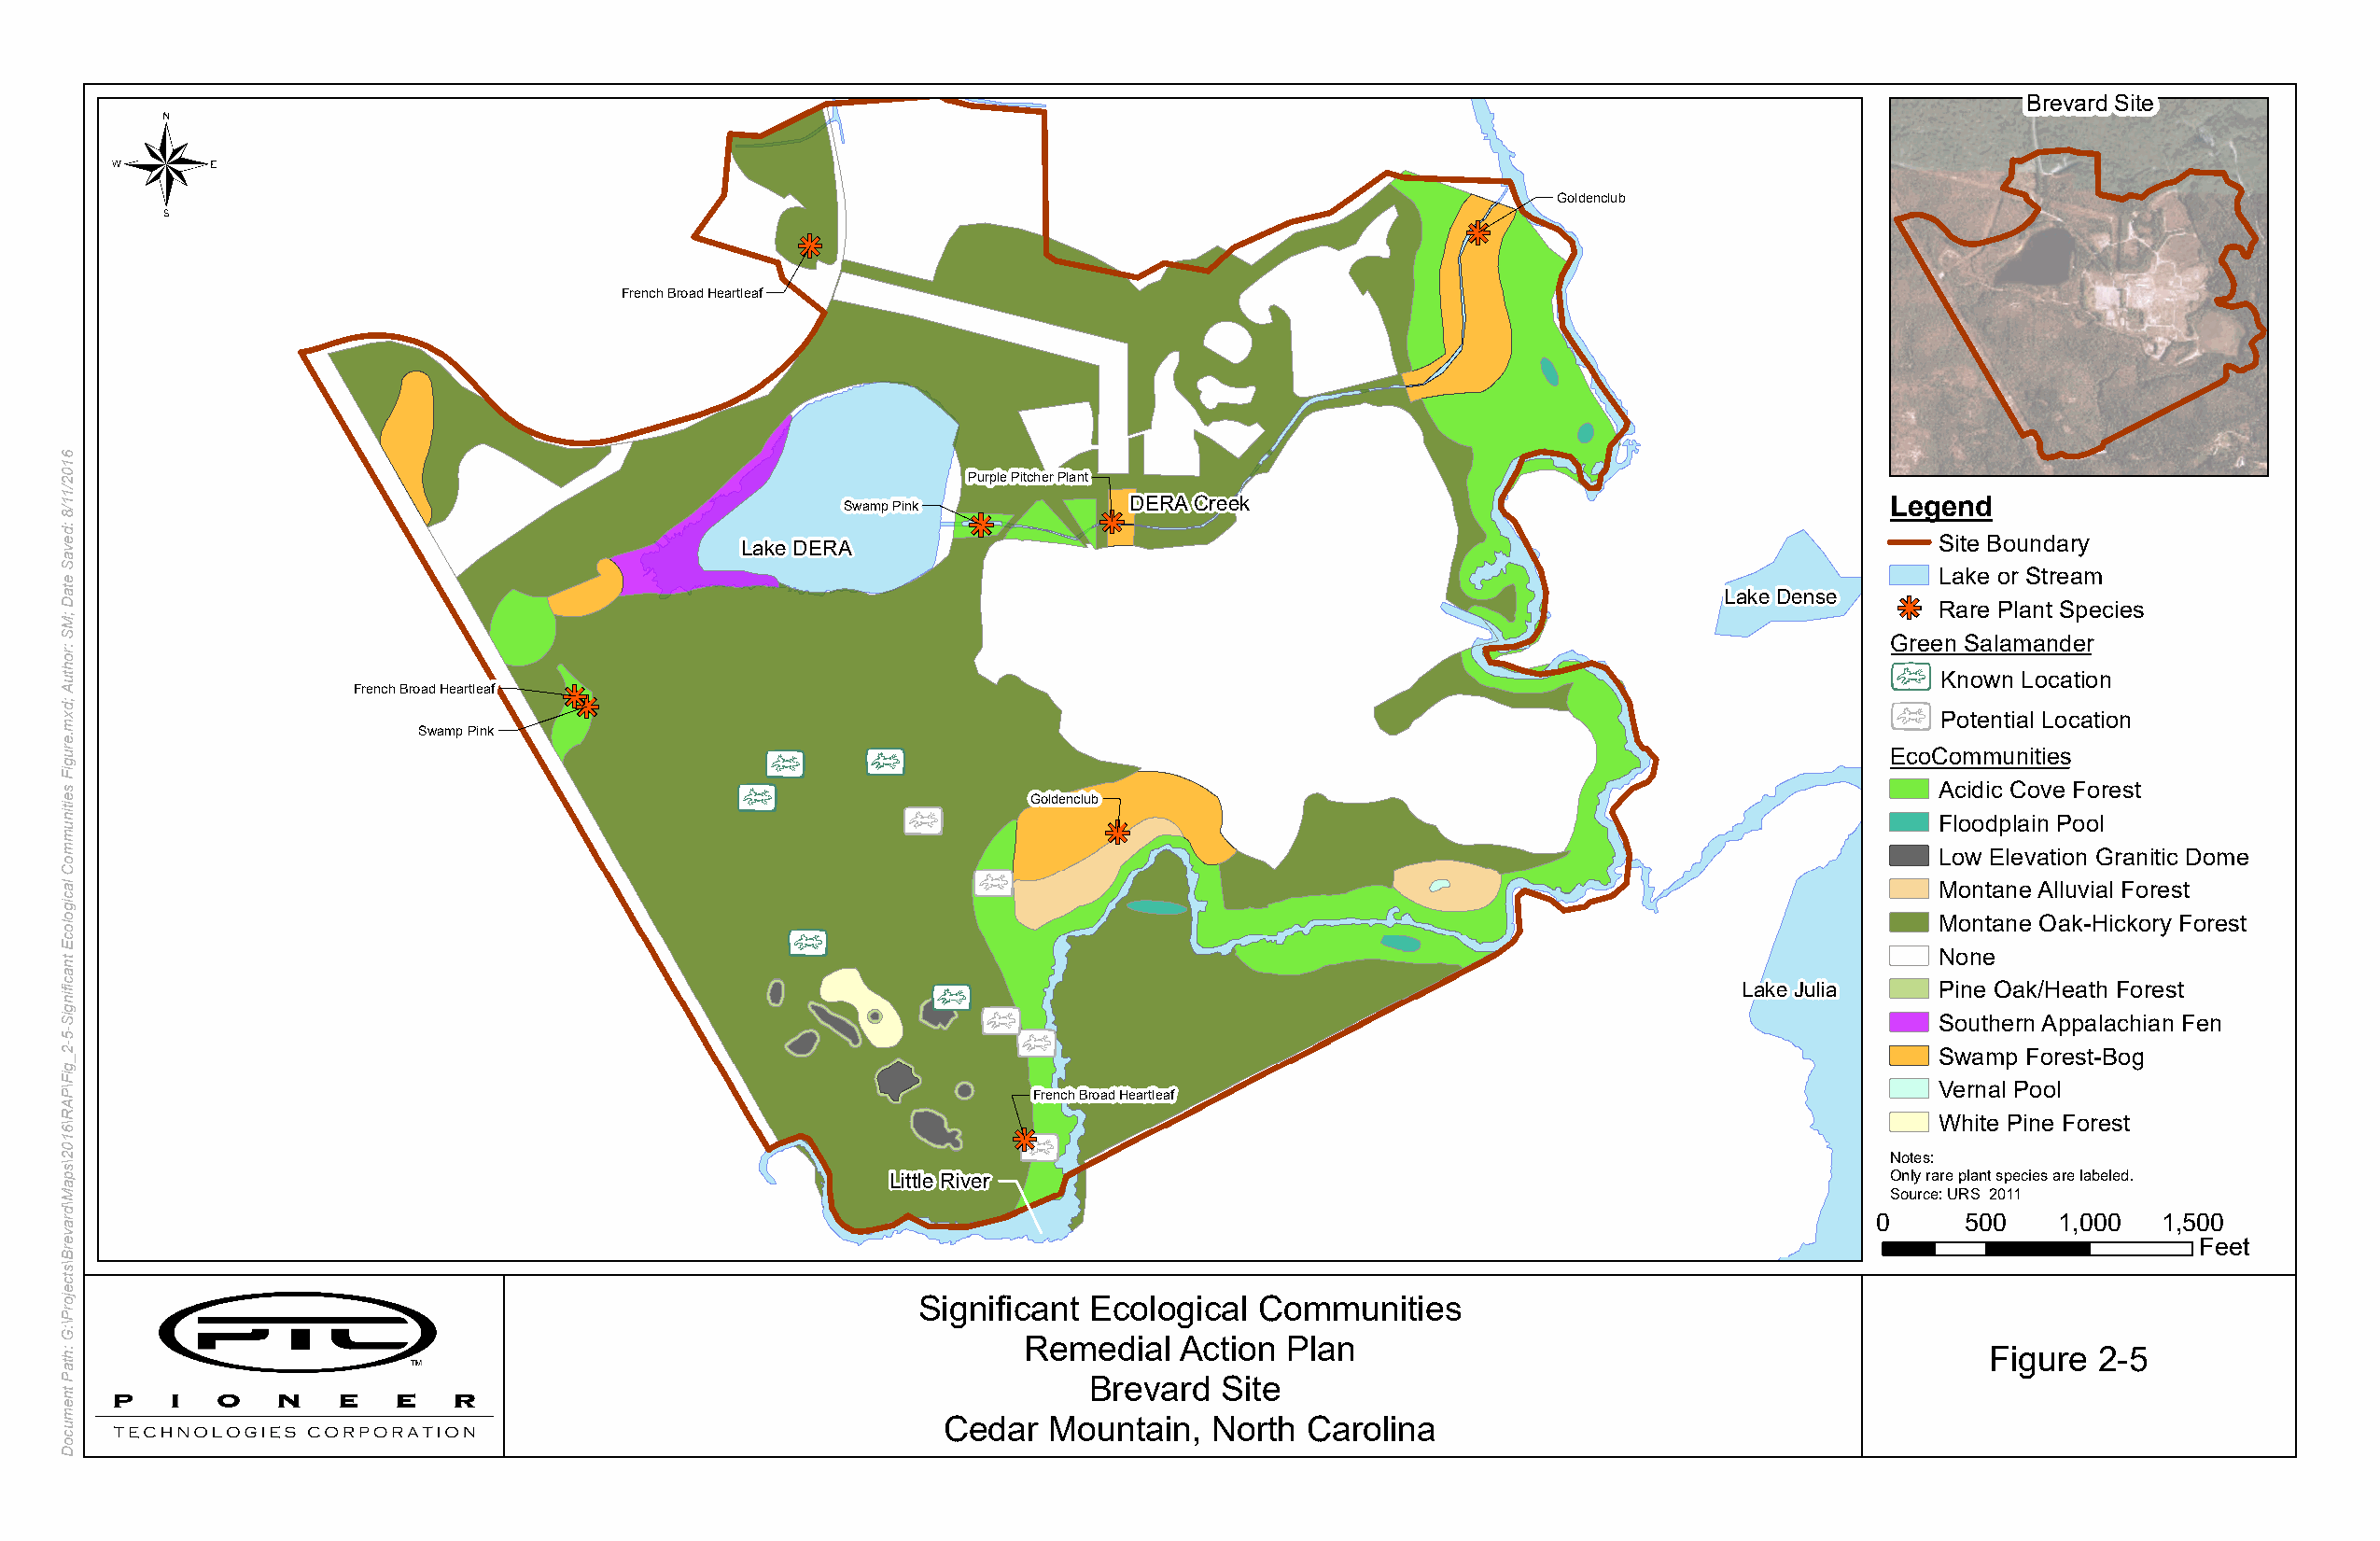
Brevard Site
 Goldenclub
 French Broad Heartleaf
 Purple Pitcher Plant
 Swamp Pink          DERA Creek                                            Legend
 Lake DERA                                                                            Site Boundary
 Lake or Stream
 Lake Dense
 Rare Plant Species
 Green Salamander
 Known Location
 French Broad Heartleaf
 Potential Location
 Swamp Pink
 EcoCommunities
 Acidic Cove Forest
 Goldenclub
 Floodplain Pool
 Low Elevation Granitic Dome
 Montane Alluvial Forest
 Montane Oak-Hickory Forest
 None
 Lake Julia    Pine Oak/Heath Forest
 Southern Appalachian Fen
 Swamp Forest-Bog
 Vernal Pool
 French Broad Heartleaf
 White Pine Forest
 Notes:
 Little River                                                           Only rare plant species are labeled.
 Source: URS 2011
 0     500    1,000  1,500
 Feet
 Significant Ecological  Communities
 Remedial   Action Plan                                              Figure  2-5
 Brevard   Site
 Cedar  Mountain,   North  Carolina
 6102/11/8
 :devaS
 etaD
 ;MS
 :rohtuA
 ;dxm.erugiF
 seitinummoC
 lacigolocE
 tnacifingiS-5-2_giF\PAR\6102\spaM\draverB\stcejorP\:G
 :htaP
 tnemucoD